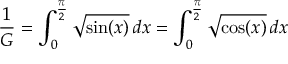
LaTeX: { \frac { 1 } { G } } = \int _ { 0 } ^ { \frac { \pi } { 2 } } { \sqrt { \sin ( x ) } } \, d x = \int _ { 0 } ^ { \frac { \pi } { 2 } } { \sqrt { \cos ( x ) } } \, d x